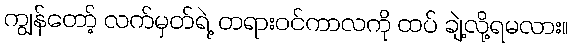
ကျွန်တော့် လက်မှတ်ရဲ့ တရားဝင်ကာလကို ထပ် ချဲ့လို့ရမလား။